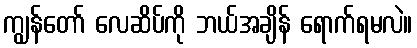
ကျွန်တော် လေဆိပ်ကို ဘယ်အချိန် ရောက်ရမလဲ။